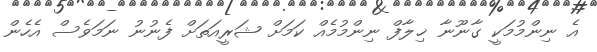
އެ ނިންމުމަކީ ގާނޫނާ ޚިލާފް ނިންމުމެއް ކަމަށް ޝަރީއަތަށް ފެނުނު ނަމަވެސް އެހެން